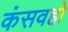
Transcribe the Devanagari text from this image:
कंसवहो